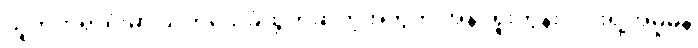
သူကတရာရုံးမှာ သက်သေခံထွက်ဆိုတဲ့အတွက် အန်ဒရူးကွန်းလင်းရဲ့အမှုမှန်